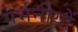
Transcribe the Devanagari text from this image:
गर्भनीयों